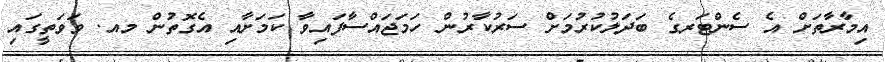
އިމާރާތަށް އެ ސެންޓަރގެ ބަދަލުކުރުމަށް ސަރުކާރުން ހަމަޖައްސާފައިވާ ކަމަށާއި އެގޮތުން މއ. ވަވަތީގައި